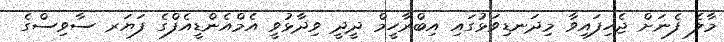
މާލެ ފެނަށް ޖެހިފައިވާ މިދަނޑިވަޅުގައި އިބްރާހީމް ދީދީ ވިދާޅުވީ އެމްއެންޑީއެފްގެ ފަޔަރ ސާވިސްގެ